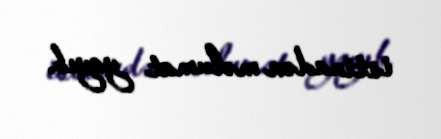
istinadən məlumat yayıb.